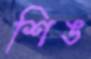
শিঙ